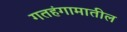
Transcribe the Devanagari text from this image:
गतहंगामातील